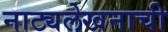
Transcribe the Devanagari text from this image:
नाट्यलेखनाची